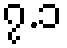
၇.၁